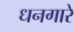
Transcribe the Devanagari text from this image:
धनगारे